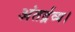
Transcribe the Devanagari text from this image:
अंतर्द्रव्य।